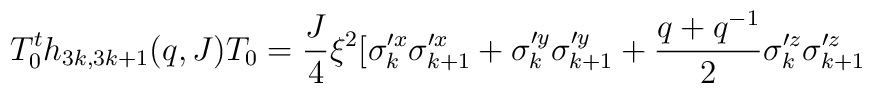
T^t_0 h_{3 k,3 k + 1} (q,J) T_0 =  \frac{J}{4} \xi^2[\sigma'^x_k \sigma'^x_{k+1} + \sigma'^y_k \sigma'^y_{k+1} + \frac{q + q^{-1}}{2} \sigma'^z_k \sigma'^z_{k+1}